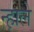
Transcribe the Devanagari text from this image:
न्हाले